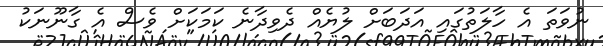
ނުވަތަ އެ ހާލަތުގައި އަދަބަށް ލުޔެއް ދެވިދާނެ ކަމަކަށް ވެސް އެ ގާނޫނަކު